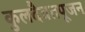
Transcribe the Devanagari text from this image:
कुलदैवतपूजन